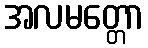
အလမတ္တော